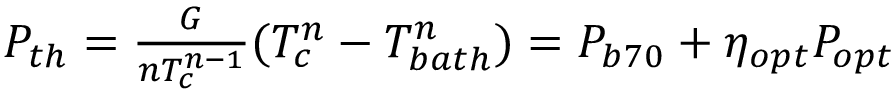
\begin{array} { r } { P _ { t h } = \frac { G } { n T _ { c } ^ { n - 1 } } ( T _ { c } ^ { n } - T _ { b a t h } ^ { n } ) = P _ { b 7 0 } + \eta _ { o p t } P _ { o p t } } \end{array}